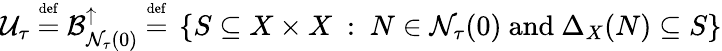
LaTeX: {\mathcal{U}}_{\tau}~{\stackrel{\scriptscriptstyle{\mathrm{def}}}{=}}~{\mathcal{B}}_{{\mathcal{N}}_{\tau}(0)}^{\uparrow}~{\stackrel{\scriptscriptstyle{\mathrm{def}}}{=}}~\left\{ S\subseteq X\times X~:~N\in{\mathcal{N}}_{\tau}(0){\mathrm{~and~}}\Delta_{X}(N)\subseteq S\right\}